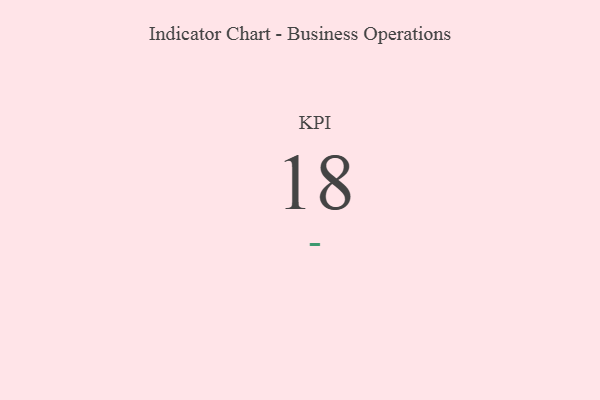
{"axis": {"x": "KPI", "y": "Value"}, "legend": [""], "data": [{"x": "KPI", "y": 18, "type": ""}]}